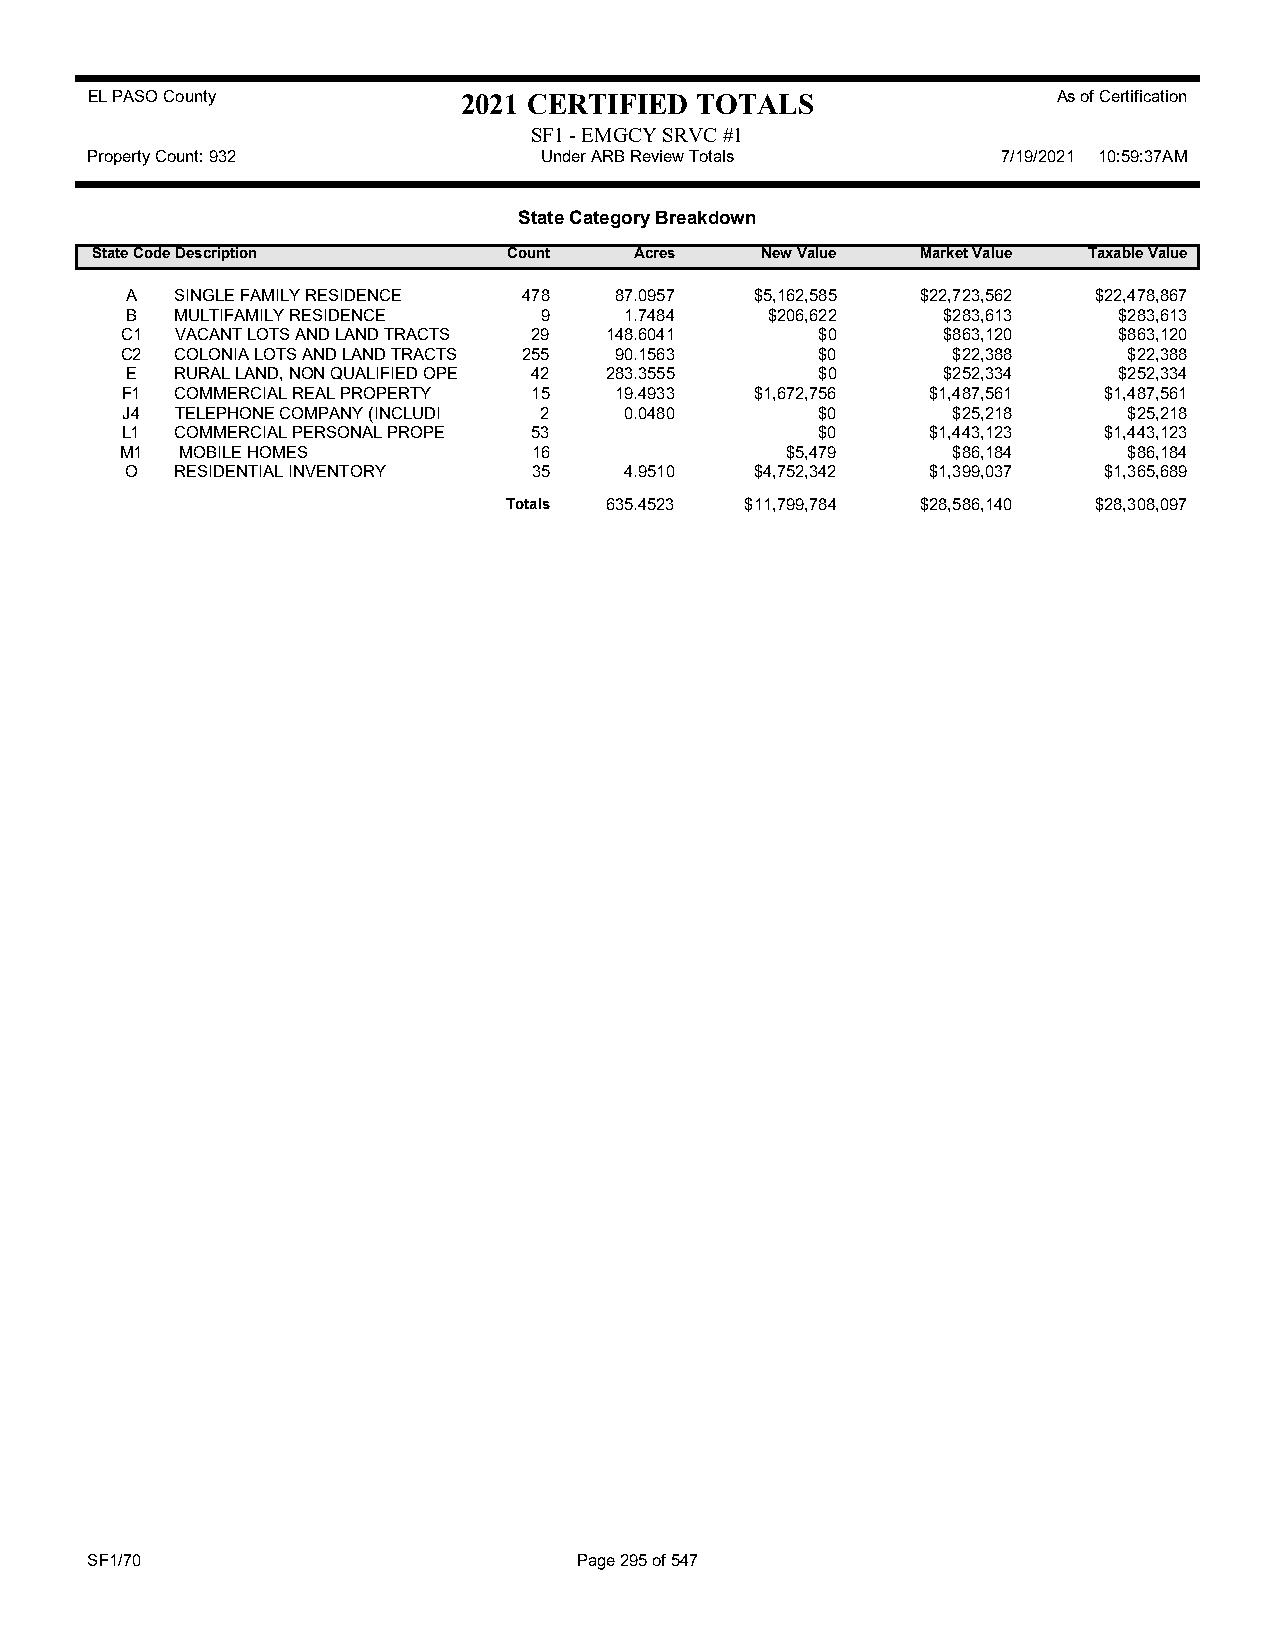
EL PASO County           2021 CERTIFIED TOTALS                  As of Certification
 SF1 - EMGCY SRVC #1
 Property Count: 932           Under ARB Review Totals       7/19/2021 10:59:37AM
 State Category Breakdown
 State CodeDescription       Count   Acres   New Value  Market Value Taxable Value
 A   SINGLE FAMILY RESIDENCE 478  87.0957  $5,162,585 $22,723,562 $22,478,867
 B   MULTIFAMILY RESIDENCE   9    1.7484    $206,622   $283,613    $283,613
 C1  VACANT LOTS AND LAND TRACTS 29 148.6041   $0      $863,120    $863,120
 C2  COLONIA LOTS AND LAND TRACTS 255 90.1563  $0       $22,388     $22,388
 E   RURAL LAND, NON QUALIFIED OPE 42 283.3555 $0      $252,334    $252,334
 F1  COMMERCIAL REAL PROPERTY 15  19.4933  $1,672,756  $1,487,561 $1,487,561
 J4  TELEPHONE COMPANY (INCLUDI 2 0.0480       $0       $25,218     $25,218
 L1  COMMERCIAL PERSONAL PROPE 53              $0      $1,443,123 $1,443,123
 M1  MOBILE HOMES           16               $5,479     $86,184     $86,184
 O   RESIDENTIAL INVENTORY  35    4.9510   $4,752,342  $1,399,037 $1,365,689
 Totals 635.4523 $11,799,784 $28,586,140 $28,308,097
 SF1/70                          Page 295 of 547